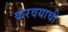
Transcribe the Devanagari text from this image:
करवयाची